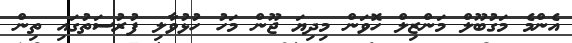
އެންމެ މަގުބޫލް މަންޒިލް ހޮވަން މިދިޔަ ޖޫން މަހު ހުޅުވާލި ފުރުސަތުގައި ތިން